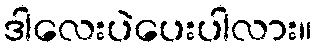
ဒါလေးပဲပေးပါလား။